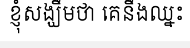
ខ្ញុំសង្ឃឹមថា គេនឹងឈ្នះ